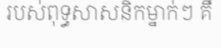
របស់ពុទ្ធសាសនិកម្នាក់ៗ គឺ